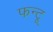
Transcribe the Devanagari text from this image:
फन्टू